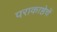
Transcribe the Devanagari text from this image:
पराकाष्ठेचें